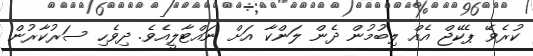
ކުރެވޭ ޕެކޭޖް އެއް ލިބުމުން ދެން ލަންކާ އަށް ނައްޓާލީއެވެ. ދިވެހި ސަރުކާރުން